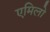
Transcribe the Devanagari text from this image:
एमिलो